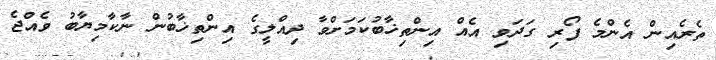
ތެރެއިން އެންމެ ފޯރި ގަދަވި އެއް އިންތިޚާބުކަމަށްވާ ދިއްލީގެ އިންތިޚާބުން ނާކާމިޔާބު ވެއްޖެ